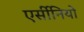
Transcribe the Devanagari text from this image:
एर्सीनियो